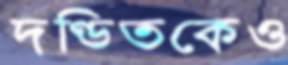
দণ্ডিতকেও